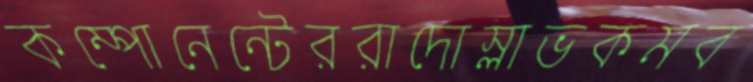
কম্পোনেন্টেররাদোস্লাভকমব